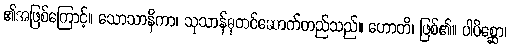
၏အဖြစ်ကြောင့်။ သောသာနိကာ၊ သုသာန်ဓုတင်ဆောက်တည်သည်။ ဟောတိ၊ ဖြစ်၏။ ပါပိစ္ဆော၊